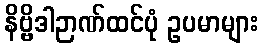
နိဗ္ဗိဒါဉာဏ်ထင်ပုံ ဥပမာများ